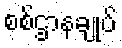
စစ်ဌာနချုပ်